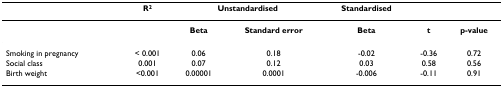
<table><thead><tr><td></td><td><b>R<sup>2</sup></b></td><td colspan="2"><b>Unstandardised</b></td><td><b>Standardised</b></td><td></td><td></td></tr></thead><tbody><tr><td></td><td></td><td><b>Beta</b></td><td><b>Standard error</b></td><td><b>Beta</b></td><td><b>t</b></td><td><b>p-value</b></td></tr><tr><td>Smoking in pregnancy</td><td>&lt; 0.001</td><td>0.06</td><td>0.18</td><td>-0.02</td><td>-0.36</td><td>0.72</td></tr><tr><td>Social class</td><td>0.001</td><td>0.07</td><td>0.12</td><td>0.03</td><td>0.58</td><td>0.56</td></tr><tr><td>Birth weight</td><td>&lt;0.001</td><td>0.00001</td><td>0.0001</td><td>-0.006</td><td>-0.11</td><td>0.91</td></tr></tbody></table>